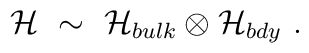
{\cal H} ~\sim~ {\cal H}_{bulk} \otimes {\cal H}_{bdy}~.